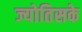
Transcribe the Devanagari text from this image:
ज्योतिसके